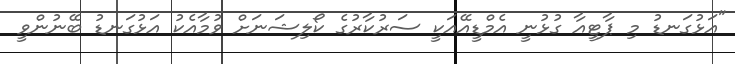
"އަޅުގަނޑު މި ޕާޓީއާ ގުޅުނީ އެމްޑީއޭއަކީ ސަރުކާރުގެ ކޯލިޝަނަށް ވުމާއެކު އަޅުގަނޑު ބޭނުންވީ